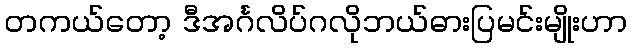
တကယ်တော့ ဒီအင်္ဂလိပ်ဂလိုဘယ်ဓားပြမင်းမျိုးဟာ